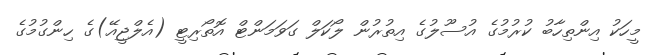
މީހަކު އިންތިހާބު ކުރުމުގެ އުސޫލުގެ އިތުރުން ލޯކަލް ގަވަމަންޓް އޮތޯރިޓީ (އެލްޖީއޭ)ގެ ހިންގުމުގެ